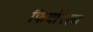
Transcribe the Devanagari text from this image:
फियोरेला